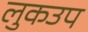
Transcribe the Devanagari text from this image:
लुकउप